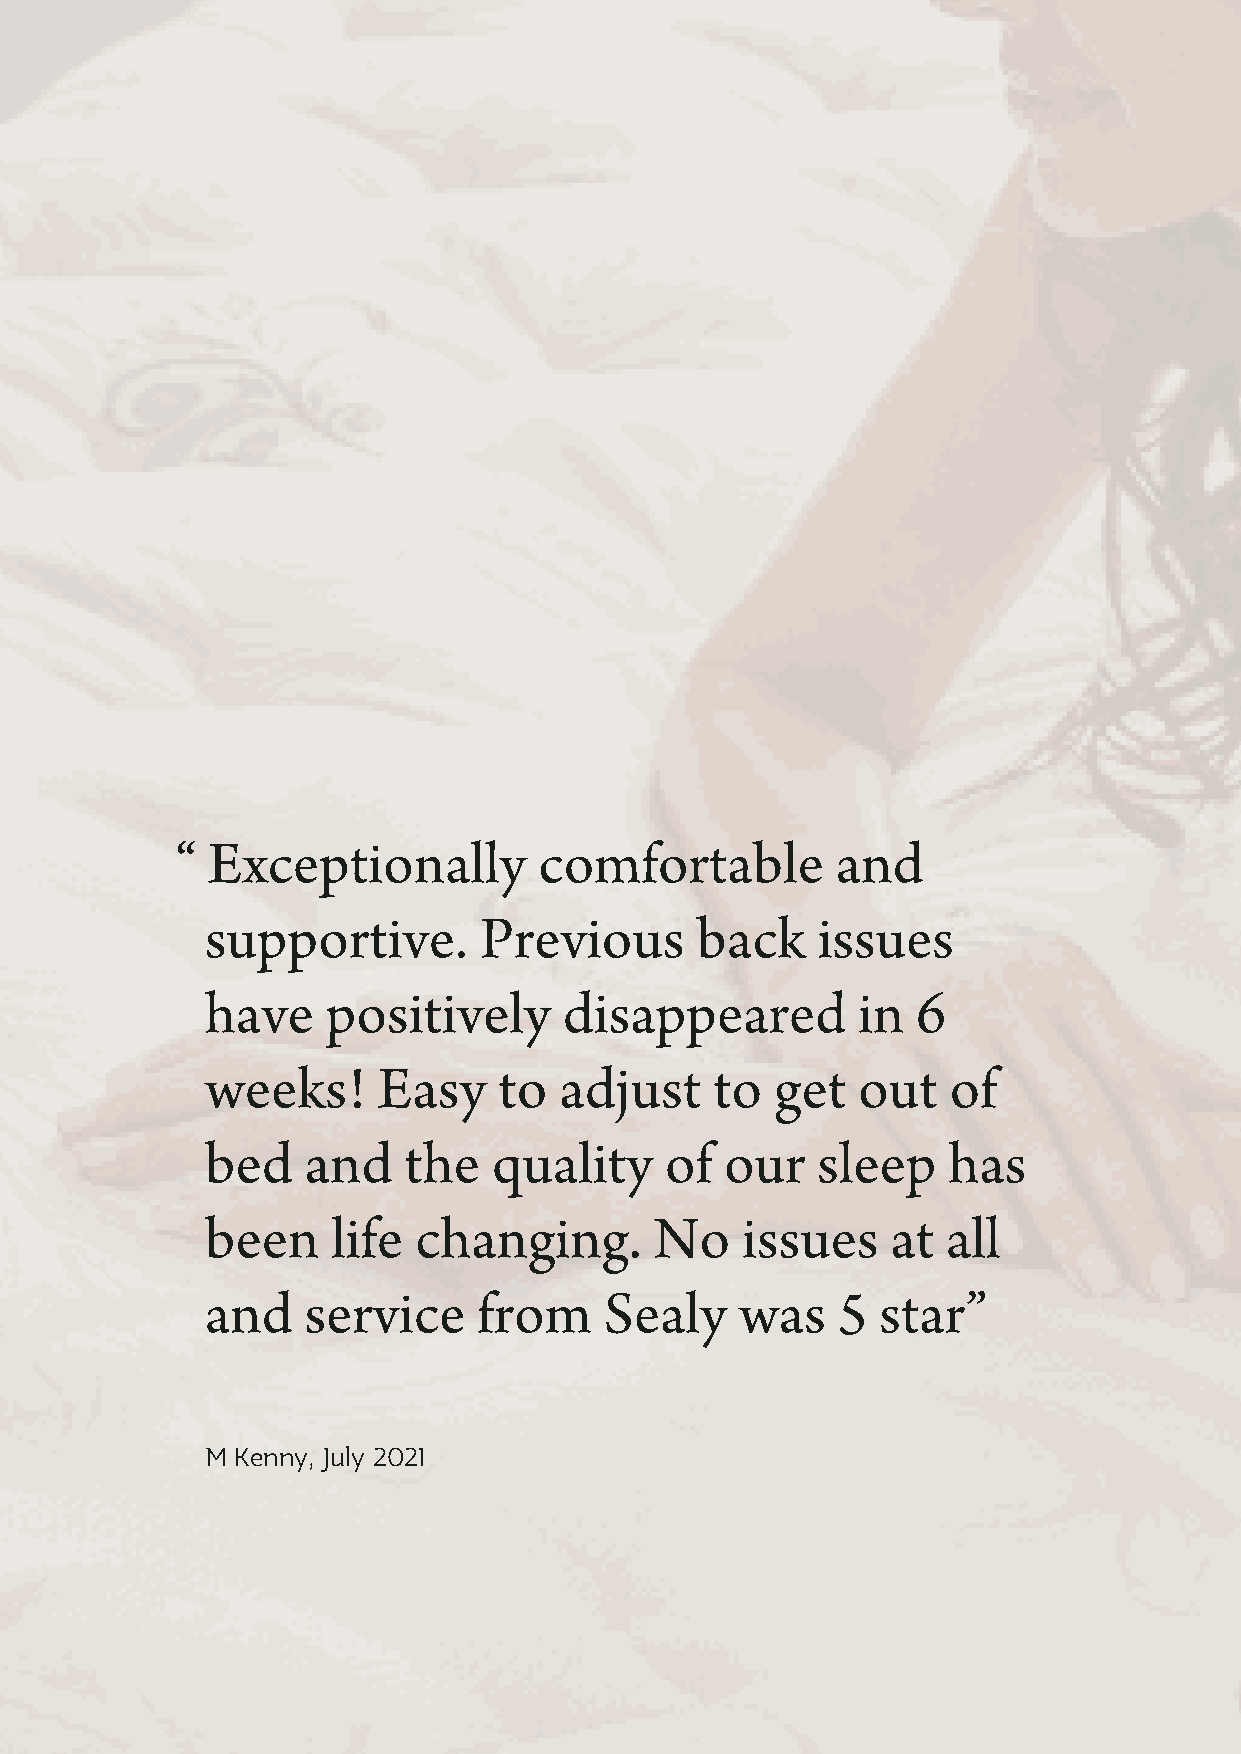
“ Exceptionally         comfortable        and
 supportive.       Previous      back    issues
 have    positively     disappeared         in  6
 weeks!     Easy    to  adjust    to  get   out   of
 bed   and    the   quality    of  our   sleep    has
 been    life changing.       No    issues    at  all
 and   service     from    Sealy    was   5  star”
 M Kenny, July 2021